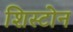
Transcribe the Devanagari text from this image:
शिस्टोन